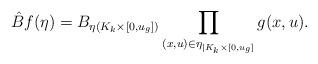
LaTeX: \begin{align*}\hat {B}f(\eta )=B_{\eta (K_k\times [0,u_g])}\prod_{(x,u)\in\eta_{|K_k\times [0,u_g]}}g(x,u).\end{align*}